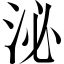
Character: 泌